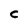
Character: C